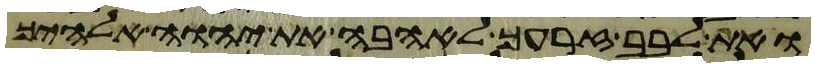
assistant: ואת לבב זרעך לאהבה את יהוה אלהיך